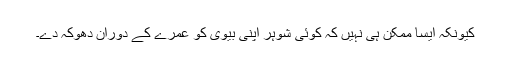
کیونکہ ایسا ممکن ہی نہیں کہ کوئی شوہر اپنی بیوی کو عمرے کے دوران دھوکہ دے۔